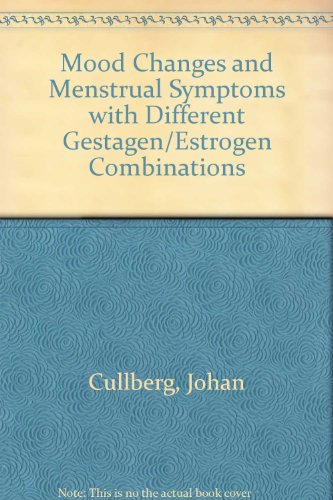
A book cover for Mood changes and menstrual symptoms with different gestagen/estrogen combinations;: A double blind comparison with a placebo (Acta psychiatrica Scandinavica.  Supplementum); Johan Cullberg; Health, Fitness & Dieting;